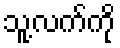
သူ့လက်ကို